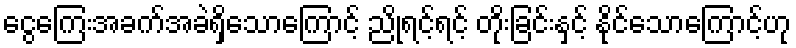
ငွေကြေးအခက်အခဲရှိသောကြောင့် ညိုရင့်ရင့် တိုးခြင်းနှင့် နိုင်သောကြောင့်ဟု